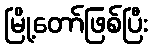
မြို့တော်ဖြစ်ပြီး